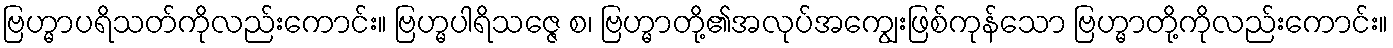
ဗြဟ္မာပရိသတ်ကိုလည်းကောင်း။ ဗြဟ္မပါရိသဇ္ဇေ စ၊ ဗြဟ္မာတို့၏အလုပ်အကျွေးဖြစ်ကုန်သော ဗြဟ္မာတို့ကိုလည်းကောင်း။